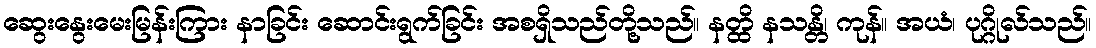
ဆွေးနွေးမေးမြန်းကြား နာခြင်း ဆောင်းရွက်ခြင်း အစရှိသည်တို့သည်။ နတ္ထိ နသန္တိ၊ ကုန်။ အယံ၊ ပုဂ္ဂိုလ်သည်။